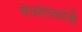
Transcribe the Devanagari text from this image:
वेधशाळांनी